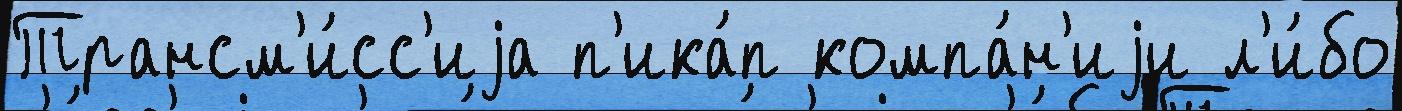
Трансм'и́сс'иjа п'ика́п компа́н'иjи л'и́бо